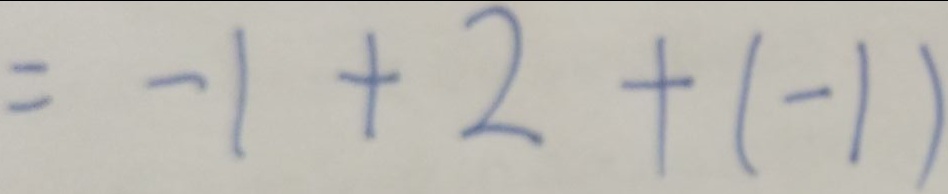
= - 1 + 2 + ( - 1 )